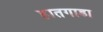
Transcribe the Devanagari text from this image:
हातगाडा